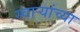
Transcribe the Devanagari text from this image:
स्वाऱ्यांच्या